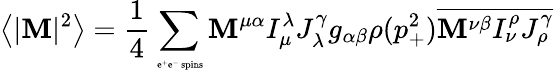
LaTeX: \left\langle|{\cal\mathbf{M}}|^{2}\right\rangle=\frac{{1}}{{4}}\sum_{\mathrm{{\tiny~e^{+}e^{-}~spins}}}{\cal\mathbf{M}}^{\mu\alpha}I_{\mu}^{\lambda}J_{\lambda}^{\gamma}g_{\alpha\beta}\rho(p_{+}^{2})\overline{{{{{\cal\mathbf{M}}^{\nu\beta}I_{\nu}^{\rho}J_{\rho}^{\gamma}}}}}